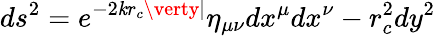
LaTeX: ds^{2}=e^{-2\mathit{k}r_{c}\verty\vert}\eta_{\mu\nu}dx^{\mu}dx^{\nu}-r_{c}^{2}dy^{2}